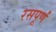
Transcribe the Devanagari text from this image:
रसपूर्णं